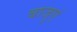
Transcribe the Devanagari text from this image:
बाजुएं